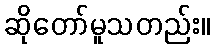
ဆိုတော်မူသတည်း။